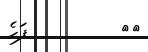
١٣         ފަހެ